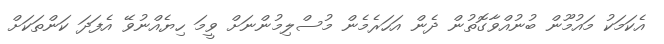
އެކަމަކު މައުމޫން ބުނުއްވާގޮތުން ދެން އަހަރެމެން މުސްލިމުންނަށް ވީމަ ހިޔެއްނުވޭ އެފަދަ ކަންތަކަށް